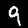
Digit: 9